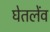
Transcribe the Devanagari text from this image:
घेतलेंव